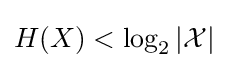
H(X)<\log _{2}|{\mathcal {X}}|